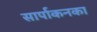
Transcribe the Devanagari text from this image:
सार्पाकनका